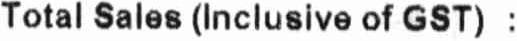
TOTAL SALES (INCLUSIVE OF GST) :